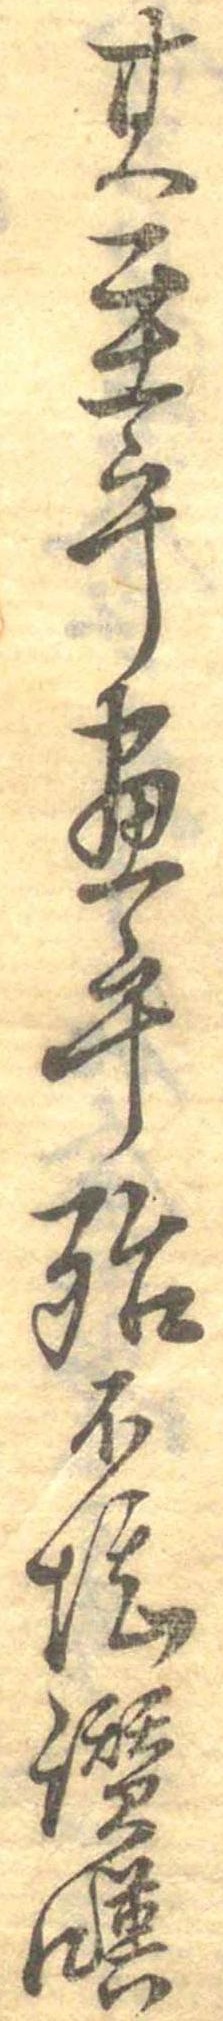
其至乎尽乎殆不堪讃嘆